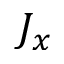
J _ { x }